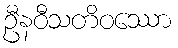
ဦနဝီသတိဝဿော